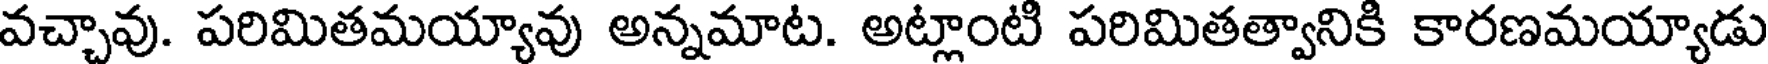
వచ్చావు. పరిమితమయ్యావు అన్నమాట. అట్లాంటి పరిమితత్వానికి కారణమయ్యాడు